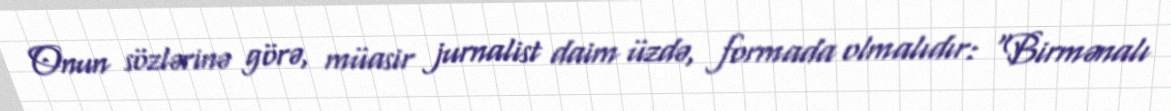
Onun sözlərinə görə, müasir jurnalist daim üzdə, formada olmalıdır: "Birmənalı